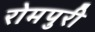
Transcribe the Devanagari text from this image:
रोमपुरी